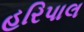
હરિપાલ